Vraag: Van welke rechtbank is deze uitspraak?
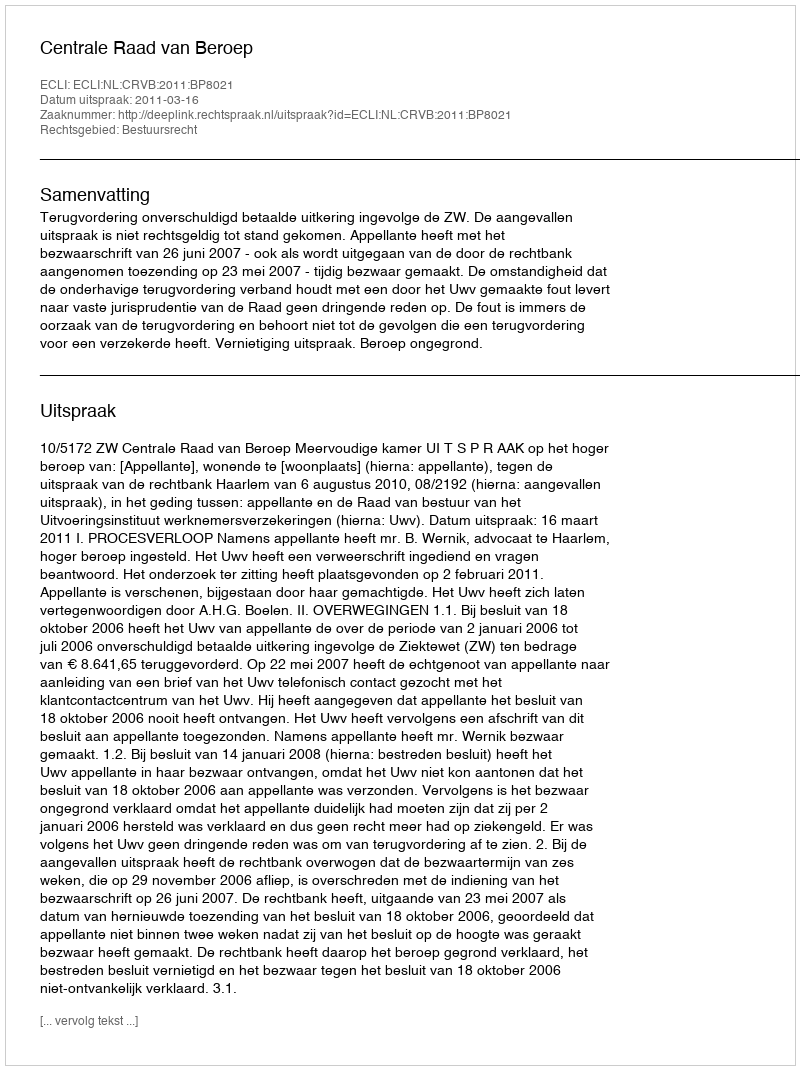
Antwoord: Centrale Raad van Beroep